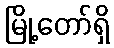
မြို့တော်ရှိ